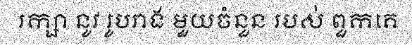
រក្សា នូវ រូបរាង មួយចំនួន របស់ ពួកគេ